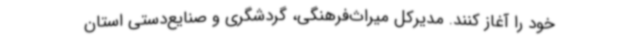
خود را آغاز کنند. مدیرکل میراث‌فرهنگی، گردشگری و صنایع‌دستی استان